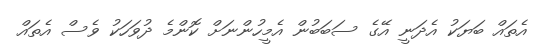
އެތައް ބަޔަކު އެދަނީ އޭގެ ސަބަބުން އެމީހުންނަށް ކޮންމެ ދުވަހަކު ވެސް އެތައް